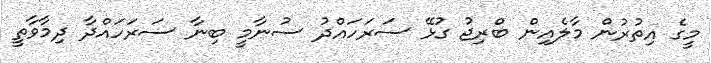
މީގެ އިތުރުން މާލެއިން ބްރިޖު ގުޅޭ ސަރަހައްދު ސުނާމީ ބިނާ ސަރަހައްދާ ދިމާވާތީ